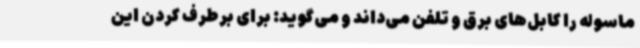
ماسوله را کابل‌های برق و تلفن می‌داند و می‌گوید: برای برطرف کردن این